Calcutta medical institutions reports 1871-78
Year: 1871
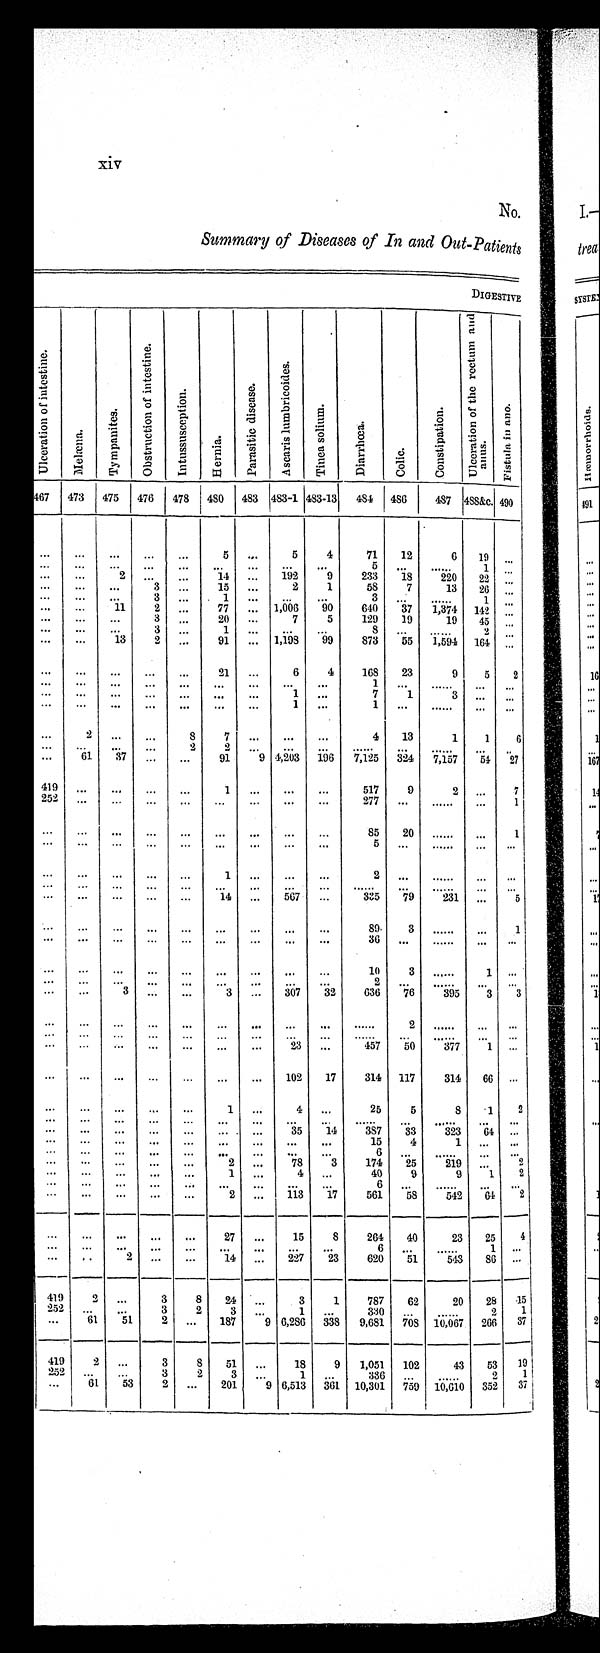
xiv
No .
Summary of Diseases of In and Out-Patients
D I G E S T I V E
U l c e r a t i o n o f i n t e s t i n e .
Mel æna.
Ty mp a n i t e s .
O b s t r u c t i o n o f i n t e s t i n e .
I n t u s s u s c e p t i o n .
He r ni a .
P a r a s i t i c d i s e a s e .
A s c a r i s l u m b r i c o i d e s .
T i n e a s o l i u m .
Di a r r h œa .
Col i c.
Co n s t i p a t i o n .
U l c e r a t i o n o f t h e r e c t u m a n d a n u s .
F i s t u l a i n a n o .
467 473 475 476 478 480 483 483-1 483-13 484 486
487 488&c. 490
...
...
...
...
...
5 ...
5
4
71
12
6 19
...
...
. . .
. . .
. . .
...
. . .
. . .
. . .
...
5 ...
. . . . . .
1 ...
...
...
2 ...
...
14
. . . 192
9
233
18
2 2 0
22
...
...
. . .
. . . 3 ...
15 ...
2
1
58
7
13
26 ...
...
...
. . .
3 ...
1
. . .
. . . ...
3
. . .
. . . . . . 1
...
...
. . .
1 1 2 ...
77 ... 1,006 90
640
37 1,374 142 ...
...
. . .
. . . 3 ...
20 ...
7
5
129
19
19
45 ...
...
...
. . . 3 ...
1
. . .
. . . ...
8
. . .
. . . . . .
2 ...
...
. . . 13
2 ...
91 ... 1,198
99
873
55
1 , 5 9 4
164 ...
...
. . .
. . .
. . .
...
2 1
. . .
6
4
168
23
9
5
2
...
. . .
. . .
. . .
...
. . .
. . .
. . .
...
1
. . . ......
. . .
...
...
...
...
...
...
...
. . .
1 ...
7
1
3 . . . ...
...
...
...
...
...
...
...
1 ...
1 ...
......
...
...
...
2
. . .
. . .
8
7
. . .
. . .
...
4
13
1
1
6
...
. . .
. . .
. . . 2
2
. . .
. . .
...
. . . . . .
. . .
. . . . . .
. . .
...
...
6 1
3 7
. . .
. . .
91
9 4,203 196 7,125 324
7 , 1 5 4 54 27
419
1
. ..
...
...
517
9
2
7
277 ...
......
...
...
1
...
...
..,
...
...
...
...
...
...
85
20 ......
...
1
2 ...
......
...
...
...
...
...
...
...
...
...
...
...
......
...
......
...
...
•••
..•
•••
...
...
14 ...
567 ...
335
79
231 ...
5
89,
3 ......
...
1
...
...
...
...
...
...
...
...
...
36 ...
......
...
...
...
...
...
...
...
...
...
...
...
10
3 ......
1
:::
• • • • • •
3 ...
...
•••3 ...
2 ...
... . .
307 .32
636
76
395
3
...
...
...
...
...
...
...
...
...
......
2 ......
...
...
457
50
377
1 ...
...
...
...
...
..
...
...
102
17
314 117
314
66 ...
...
...
...
...
...
1 ...
4 ...
25
5
8
1
2
,..
......
—
—
•••
...
...
...
...
..• • •••
35
14
3S7
33
323
64 ...
...
...
...
...
...
...
...
...
...
15
4
1
...
...
...
...
...
...
...
...
...
6 . .
... ..
...
...
..
...
2 ..,
78
3
174
25
219 ...
2
...
...
...
1 ...
4 ...
40
9
9
1
2
..•
-•
'''
—
••'
6 ..
.... .
..
—
-- —
2 ...
113
17
561
' 58
542
64
2
••
•••
...
...
27 ..,
15
8
264
40
23
25
_
...
...
...
...
...
...
...
...
...
6 ...
...4
••.
, .
2 „.
...
14 ..,
227
23
620
51
......
543
86 ...
419
959
2 .. ...
3
8
111 ...
3
1
787
62
20
28
15
61
3
2
3 ..,
1 ..
330 ..
2
1
...
51
2 ...
187
9 6,286 338 9,681 708 10,007 266
37
419
2 .„
3
8
51 .,.
18
9 1,051 102
43
53 19
252 ...
G1
...
53
3
2
2
3 ...
1 ...
336 ...
2
1
...
...
201
9 6,513 361 10,301 759 10,610 352
37